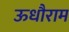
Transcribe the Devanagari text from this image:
ऊधौराम